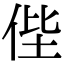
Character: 𠈺